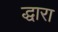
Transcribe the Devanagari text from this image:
द्धारा